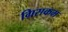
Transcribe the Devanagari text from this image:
ग्रिसकम